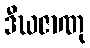
ဒီဃဇာဏု